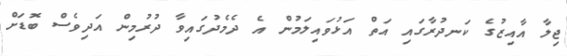
ޖިލާ އާއިޒުގެ ކަނދުރާގައި އަތް އަޅުވައިލަމުން އެ ދެމެދުގައިވާ ދުރުމިން އަދިވެސް ބޮޑަށް